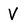
Character: V